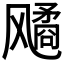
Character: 𬲆